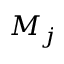
M _ { j }